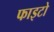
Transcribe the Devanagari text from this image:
फाइटो